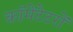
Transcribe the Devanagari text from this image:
कॉमेंटेटरों